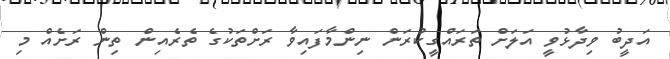
އަދީބު ވިދާޅުވީ އަލަށް ތަރައްގީކުރަން ނިންމާފައިވާ ރަށްތަކުގެ ތެރެއިން ތިން ރަށެއް މި